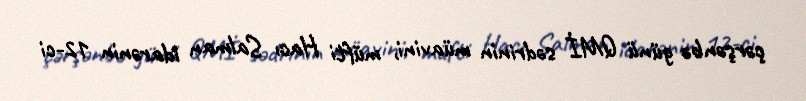
çərşənbə günü QMİ sədrinin müavini, müfti Hacı Salman idarənin 12-ci